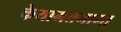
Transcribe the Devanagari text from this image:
केयामतनामा